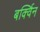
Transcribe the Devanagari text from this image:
बर्क्विन